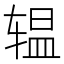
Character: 辒